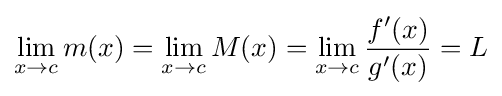
\lim _{x\to c}m(x)=\lim _{x\to c}M(x)=\lim _{x\to c}{\frac {f'(x)}{g'(x)}}=L